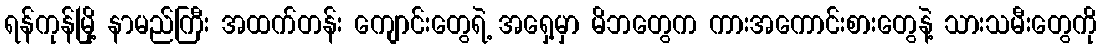
ရန်ကုန်မြို့ နာမည်ကြီး အထက်တန်း ကျောင်းတွေရဲ့ အရှေ့မှာ မိဘတွေက ကားအကောင်းစားတွေနဲ့ သားသမီးတွေကို